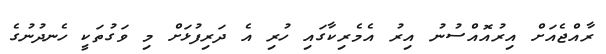
ރާއްޖެއަށް އިރުއޮއްސުނު އިރު އެމެރިކާގައި ހުރި އެ ދަރިފުޅަށް މި ވަގުތަކީ ހެނދުނުގެ